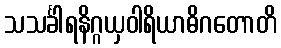
သသင်္ခါရနိဂ္ဂယှဝါရိယာဓိဂတောတိ